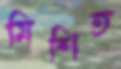
মিশিত